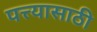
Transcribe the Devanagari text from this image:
पत्त्यासाठी